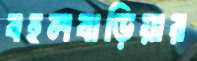
বহলবাড়িয়ার